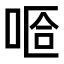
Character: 𠵏